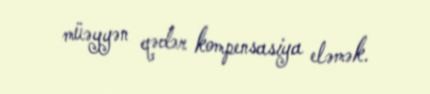
müəyyən qədər kompensasiya eləmək.